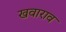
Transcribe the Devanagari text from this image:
खवाराव